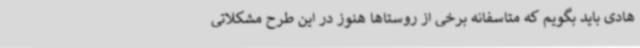
هادی باید بگویم که متاسفانه برخی از روستاها هنوز در این طرح مشکلاتی